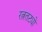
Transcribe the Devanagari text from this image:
रत्नतट्यो